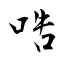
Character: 哠